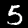
Digit: 5